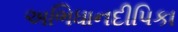
અભિધાનદીપિકા